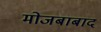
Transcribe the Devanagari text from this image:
मोजबाबाद